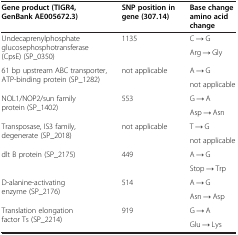
| Gene product (TIGR4, GenBank AE005672.3) | SNP position in gene (307.14) | Base change amino acid change |
 | --- | --- | --- |
 | <ROWSPAN=2> Undecaprenylphosphate glucosephosphotransferase (CpsE) (SP_0350) | <ROWSPAN=2> 1135 | C → G |
 | Arg → Gly |
 | <ROWSPAN=2> 61 bp upstream ABC transporter, ATP-binding protein (SP_1282) | <ROWSPAN=2> not applicable | A → G |
 | not applicable |
 | <ROWSPAN=2> NOL1/NOP2/sun family protein (SP_1402) | <ROWSPAN=2> 553 | G → A |
 | Asp → Asn |
 | <ROWSPAN=2> Transposase, IS3 family, degenerate (SP_2018) | <ROWSPAN=2> not applicable | T → G |
 | not applicable |
 | <ROWSPAN=2> dlt B protein (SP_2175) | <ROWSPAN=2> 449 | A → G |
 | Stop → Trp |
 | <ROWSPAN=2> D-alanine-activating enzyme (SP_2176) | <ROWSPAN=2> 514 | A → G |
 | Asn → Asp |
 | <ROWSPAN=2> Translation elongation factor Ts (SP_2214) | <ROWSPAN=2> 919 | G → A |
 | Glu → Lys |